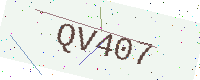
Text: QV407